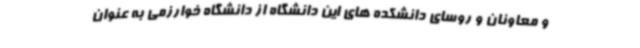
و معاونان و روسای دانشکده های این دانشگاه از دانشگاه خوارزمی به عنوان